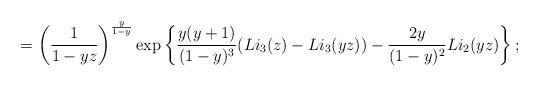
LaTeX: \begin{align*} = \left(\frac{1}{1-yz}\right)^{\frac{y}{1-y}} \exp\left\{ \frac{y(y+1)}{(1-y)^3}(Li_3(z) -Li_3(yz)) - \frac{2 y}{(1-y)^2} Li_2(yz) \right\};\end{align*}